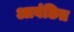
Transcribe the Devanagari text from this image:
आवंछित